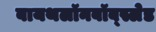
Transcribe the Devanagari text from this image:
बायथलॉनबॉब्स्लेड